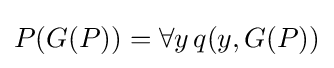
P(G(P))=\forall y\,q(y,G(P))